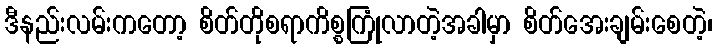
ဒီနည်းလမ်းကတော့ စိတ်တိုစရာကိစ္စကြုံလာတဲ့အခါမှာ စိတ်အေးချမ်းစေတဲ့၊